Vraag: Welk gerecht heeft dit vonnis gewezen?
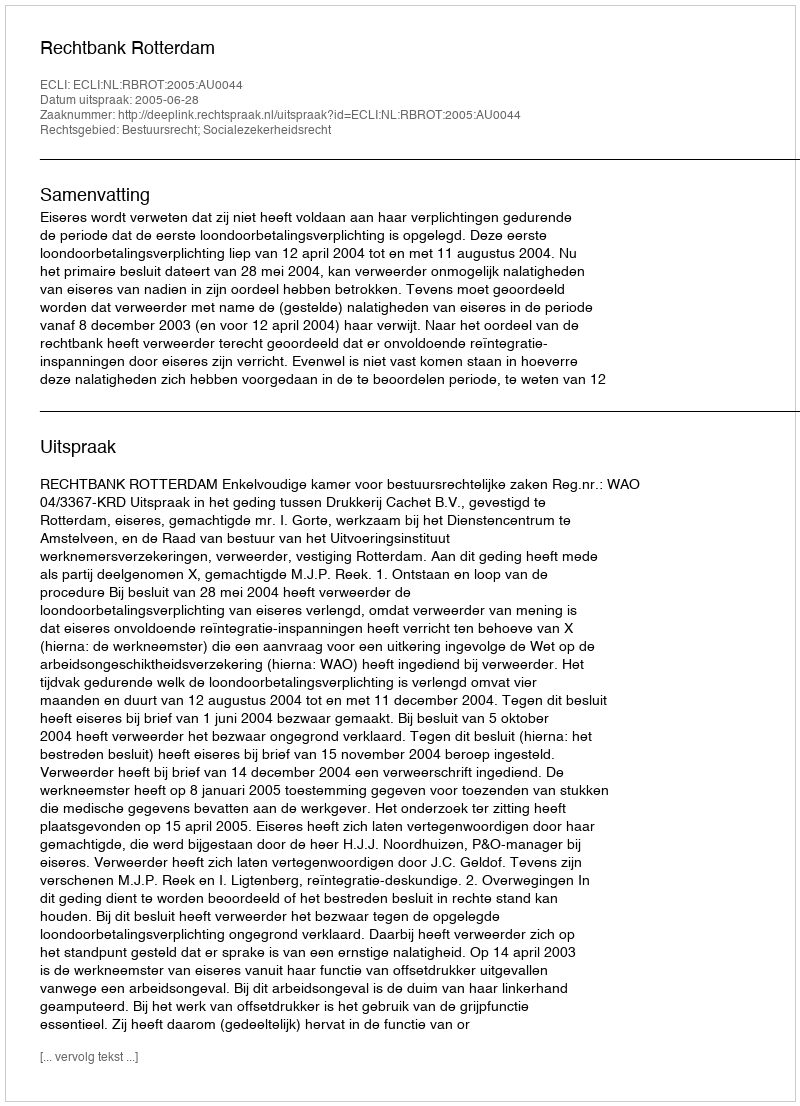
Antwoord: Rechtbank Rotterdam